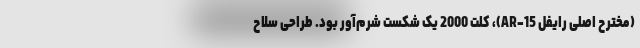
(مخترح اصلی رایفل AR-15)، کلت 2000 یک شکست شرم‌آور بود. طراحی سلاح